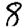
Digit: 8